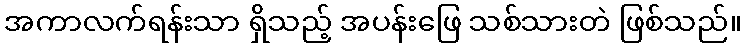
အကာလက်ရန်းသာ ရှိသည့် အပန်းဖြေ သစ်သားတဲ ဖြစ်သည်။